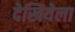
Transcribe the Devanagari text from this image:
देखियेला